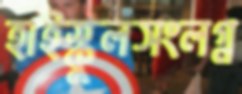
হাইস্কুলসংলগ্ন